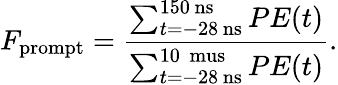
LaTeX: F_{\mathrm{prompt}}=\frac{\sum_{t=-28\, \mathrm{ns}}^{150\, \mathrm{ns}}PE(t)}{\sum_{t=-28\, \mathrm{ns}}^{10\, \mathrm{\ mus}}PE(t)}.